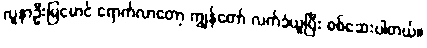
လူနာဦးမြမောင် ရောက်လာတော့ ကျွန်တော် လက်ခံယူပြီး စစ်ဆေးပါတယ်။